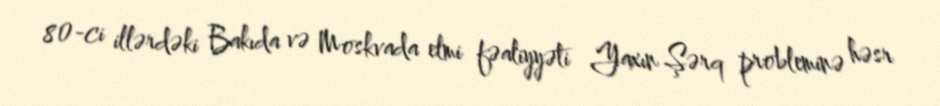
80-ci illərdəki Bakıda və Moskvada elmi fəaliyyəti Yaxın Şərq probleminə həsr